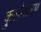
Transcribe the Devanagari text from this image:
कुलोतारण